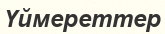
Үймереттер